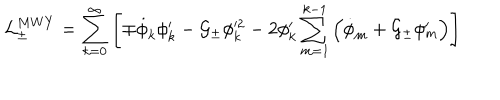
LaTeX: { \cal L } _ { \pm } ^ { M W Y } = \sum _ { k = 0 } ^ { \infty } \left[ \mp \dot { \phi } _ { k } \phi _ { k } ^ { \prime } - { \cal G _ { \pm } } \phi _ { k } ^ { 2 } - 2 \phi _ { k } ^ { \prime } \sum _ { m = 1 } ^ { k - 1 } \left( \dot { \phi } _ { m } + { \cal G _ { \pm } } \phi _ { m } ^ { \prime } \right) \right]